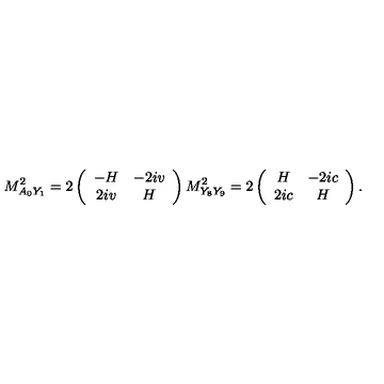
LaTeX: M _ { A _ { 0 } Y _ { 1 } } ^ { 2 } = 2 \left( \begin{array} { c c } { - H } & { - 2 i v } \\ { 2 i v } & { H } \\ \end{array} \right) M _ { Y _ { 8 } Y _ { 9 } } ^ { 2 } = 2 \left( \begin{array} { c c } { H } & { - 2 i c } \\ { 2 i c } & { H } \\ \end{array} \right) .